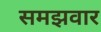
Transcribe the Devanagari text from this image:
समझवार